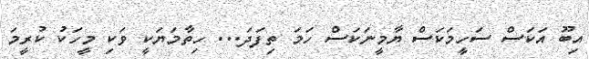
އިބޫ އަކަސް ސަހީމަކަސް ޔާމީނަކަސް ހަމަ ތިފަދަ... ހިތާމަޔަކީ ވަކި މީހަކު ކުރީމަ